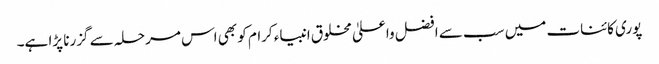
پوری کائنات میں سب سے افضل واعلیٰ مخلوق انبیاء کرام کو بھی اس مرحلہ سے گزرنا پڑا ہے۔